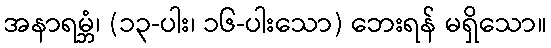
အနာရမ္ဘံ၊ (၁၃-ပါး၊ ၁၆-ပါးသော) ဘေးရန် မရှိသော။